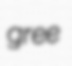
gree